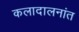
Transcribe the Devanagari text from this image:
कलादालनांत